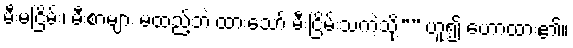
မီးမငြိမ်း၊ မီးစာများ မထည့်ဘဲ ထားသော် မီးငြိမ်းသကဲ့သို့”” ဟူ၍ ဟောထား၏။